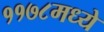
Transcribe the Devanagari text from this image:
११७८मध्ये